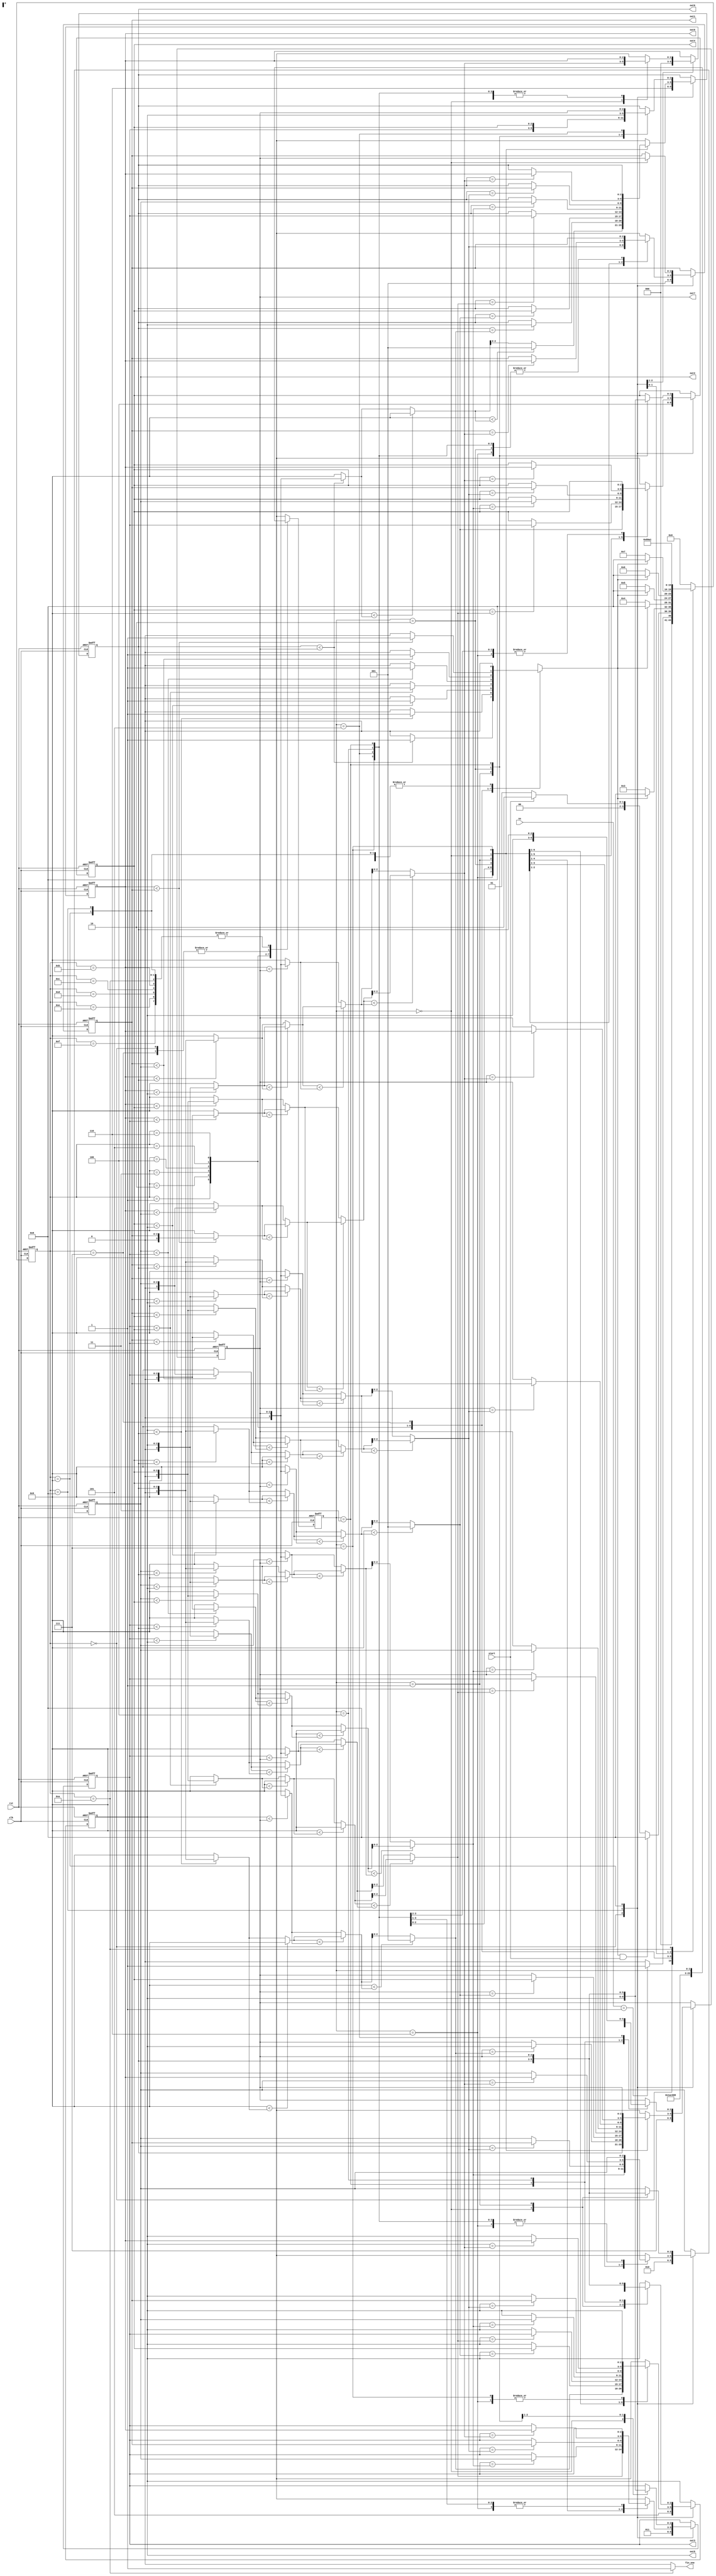
module Full_Permutation(rst, clk, ns, start , out0, out1, out2, out3, out4, out5, out6, out7, fin_one/*, fin_per*/);

  input rst, clk ;
  input start ;
  input [2:0] ns;
  output [2:0] out0, out1, out2, out3, out4, out5, out6, out7;
  output reg fin_one /*,fin_per*/ ;
  
  reg change; 
  reg [2:0] change_pos, change_pos_temp;
  reg [3:0] cs_per, ns_per;
  reg [2:0] cur_ans0, cur_ans1, cur_ans2, cur_ans3, cur_ans4, cur_ans5, cur_ans6, cur_ans7;
  reg [2:0] cur_ans0_temp, cur_ans1_temp, cur_ans2_temp, cur_ans3_temp, cur_ans4_temp, cur_ans5_temp, cur_ans6_temp, cur_ans7_temp;
  
  always@(posedge clk or posedge rst)
    if(rst) begin
	  cs_per <= 4'd0 ;
	  change_pos <= 3'd0 ;
	  {cur_ans0, cur_ans1, cur_ans2, cur_ans3, cur_ans4, cur_ans5, cur_ans6, cur_ans7} <= 24'd0;
	end
	else begin
	  cs_per <= ns_per ;
	  change_pos <= change_pos_temp ;
	  {cur_ans0, cur_ans1, cur_ans2, cur_ans3, cur_ans4, cur_ans5, cur_ans6, cur_ans7} <= {cur_ans0_temp, cur_ans1_temp, cur_ans2_temp, cur_ans3_temp, cur_ans4_temp, cur_ans5_temp, cur_ans6_temp, cur_ans7_temp};
	end
	
  assign {out0, out1, out2, out3, out4, out5, out6, out7} = {cur_ans0, cur_ans1, cur_ans2, cur_ans3, cur_ans4, cur_ans5, cur_ans6, cur_ans7} ;
	
  always@(*)
    case(cs_per)
	  4'd0 : begin
	    if(ns==3'd1) begin
		  ns_per = 2'd1 ;
		end
		else begin
		  ns_per = 2'd0 ;
		end  
	  end
	  4'd1 : begin
	    if(change&&start) begin
		  ns_per = 4'd8 ;
		end
		else if(start) begin
		  ns_per = 4'd2 ;
		end
		else begin
		  ns_per = 4'd1 ;
		end 
	  end
	  4'd2 : begin
	    if(change) begin
		  ns_per = 4'd8 ;
		end
		else begin
		  ns_per = 4'd3 ;
		end 
	  end
	  4'd3 : begin
	    if(change) begin
		  ns_per = 4'd8 ;
		end
		else begin
		  ns_per = 4'd4 ;
		end 
	  end
	  4'd4 : begin
	    if(change) begin
		  ns_per = 4'd8 ;
		end
		else begin
		  ns_per = 4'd5 ;
		end 
	  end
	  4'd5 : begin
	    if(change) begin
		  ns_per = 4'd8 ;
		end
		else begin
		  ns_per = 4'd6 ;
		end 
	  end
	  4'd6 : begin
	    if(change) begin
		  ns_per = 4'd8 ;
		end
		else begin
		  ns_per = 4'd7 ;
		end 
	  end
	  4'd7 : begin
		  ns_per = 4'd8 ;
	  end
	  4'd8 : begin
	      ns_per = 4'd9 ;
	  end
      
	  4'd9 : begin
	      ns_per = 4'd10 ;
	  end
      
	  4'd10: begin
	    //if({cur_ans0, cur_ans1, cur_ans2, cur_ans3, cur_ans4, cur_ans5, cur_ans6, cur_ans7} == 24'd70123456)
	      ns_per = 4'd1 ;
		//begin
	  end
	  default : begin
	    ns_per = 4'd0 ;
	  end 
	endcase
	
  always@(*)
    case(cs_per)
	  4'd10 : begin
	    fin_one = 1'd1 ;
	  end
	  default : begin
	    fin_one = 1'd0 ;
	  end
	endcase
	
  /*always@(*)
    case(cs_per)
	  4'd10 : begin
	    if({cur_ans0, cur_ans1, cur_ans2, cur_ans3, cur_ans4, cur_ans5, cur_ans6, cur_ans7}== 24'o76543210) begin
		  fin_per = 1'd1 ;
		end
		else begin
		  fin_per = 1'd0 ;
		end
	  end
	  default : begin
	    fin_per = 1'd0 ;
	  end
	endcase*/


  always@(*)
    case(cs_per)
	  4'd0 : begin
	    change = 1'd0 ;
	  end
	  4'd1: begin //permutation
	    change = change_swap(cur_ans6, cur_ans7) ;
	  end
	  4'd2 : begin
	    change = change_swap(cur_ans5, cur_ans6) ;
	  end
	  4'd3 : begin
	    change = change_swap(cur_ans4, cur_ans5) ;
	  end
	  4'd4 : begin
	    change = change_swap(cur_ans3, cur_ans4) ;
	  end
	  4'd5 : begin
	    change = change_swap(cur_ans2, cur_ans3) ;
	  end
	  4'd6 : begin
	    change = change_swap(cur_ans1, cur_ans2) ;
	  end
	  4'd7 : begin
	    change = change_swap(cur_ans0, cur_ans1) ;
	  end
	  4'd8, 4'd9, 4'd10, 4'd11, 4'd12, 4'd13, 4'd14, 4'd15 : begin
	    change = 1'd0 ;
	  end
	  default : begin
	    change = 1'd0 ;
	  end
	endcase
	
  always@(*)
    case(cs_per)
	  4'd0 : begin
	    change_pos_temp = 3'd0 ;
	  end
	  4'd1: begin //permutation
	    change_pos_temp = 3'd6 ;
	  end
	  4'd2 : begin
	    change_pos_temp = 3'd5;
	  end
	  4'd3 : begin
	    change_pos_temp = 3'd4;
	  end
	  4'd4 : begin
		change_pos_temp = 3'd3;
	  end
	  4'd5 : begin
	    change_pos_temp = 3'd2;
	  end
	  4'd6 : begin
	    change_pos_temp = 3'd1;
	  end
	  4'd7 : begin
	    change_pos_temp = 3'd0;
	  end
	  4'd8, 4'd9, 4'd10, 4'd11, 4'd12, 4'd13, 4'd14, 4'd15 : begin
	    change_pos_temp = change_pos ;
	  end
	  default : begin
	    change_pos_temp = change_pos ;
	  end
	endcase
	
  always@(*)
    case(cs_per)
	  4'd0 : begin
	    cur_ans0_temp = 3'd0 ;
		cur_ans1_temp = 3'd1 ;
		cur_ans2_temp = 3'd2 ;
		cur_ans3_temp = 3'd3 ;
		cur_ans4_temp = 3'd4 ;
		cur_ans5_temp = 3'd5 ;
		cur_ans6_temp = 3'd6 ;
		cur_ans7_temp = 3'd7 ;
	  end
	  4'd1 , 4'd2, 4'd3, 4'd4, 4'd5, 4'd6, 4'd7 : begin
		cur_ans0_temp = cur_ans0 ;
		cur_ans1_temp = cur_ans1 ;
		cur_ans2_temp = cur_ans2 ;
		cur_ans3_temp = cur_ans3 ;
		cur_ans4_temp = cur_ans4 ;
		cur_ans5_temp = cur_ans5 ;
		cur_ans6_temp = cur_ans6 ;
		cur_ans7_temp = cur_ans7 ;
	  end
	  4'd8 : begin
	    case(change_pos)
		  3'd6 : begin
		    cur_ans0_temp = cur_ans0 ;
		    cur_ans1_temp = cur_ans1 ;
		    cur_ans2_temp = cur_ans2 ;
		    cur_ans3_temp = cur_ans3 ;
		    cur_ans4_temp = cur_ans4 ;
		    cur_ans5_temp = cur_ans5 ;
		    cur_ans6_temp = change_first(cur_ans6, 4'd9, 4'd9, 4'd9, 4'd9, 4'd9, 4'd9, {1'd0,cur_ans7}) ;
		    cur_ans7_temp = cur_ans6 ;
		  end
		  
		  3'd5 : begin
		    cur_ans0_temp = cur_ans0 ;
		    cur_ans1_temp = cur_ans1 ;
		    cur_ans2_temp = cur_ans2 ;
		    cur_ans3_temp = cur_ans3 ;
		    cur_ans4_temp = cur_ans4 ;
		    cur_ans5_temp = change_first(cur_ans5, 4'd9 ,4'd9, 4'd9, 4'd9, 4'd9, {1'd0,cur_ans6}, {1'd0,cur_ans7}) ;
			
			if(cur_ans6 == cur_ans5_temp) begin
		      cur_ans6_temp = cur_ans5 ;
			end
			else begin
			  cur_ans6_temp = cur_ans6 ;
			end
			
			if(cur_ans7 == cur_ans5_temp) begin
		      cur_ans7_temp = cur_ans5 ;
			end
			else begin
			  cur_ans7_temp = cur_ans7 ;
			end
		  end
		  
		  3'd4 : begin
		    cur_ans0_temp = cur_ans0 ;
		    cur_ans1_temp = cur_ans1 ;
		    cur_ans2_temp = cur_ans2 ;
		    cur_ans3_temp = cur_ans3 ;
		    cur_ans4_temp = change_first(cur_ans4, 4'd9 ,4'd9, 4'd9, 4'd9, {1'd0,cur_ans5}, {1'd0,cur_ans6}, {1'd0,cur_ans7}) ;
			
			if(cur_ans5 == cur_ans4_temp) begin
		      cur_ans5_temp = cur_ans4 ;
			end
			else begin
			  cur_ans5_temp = cur_ans5 ;
			end
			
			if(cur_ans6 == cur_ans4_temp) begin
		      cur_ans6_temp = cur_ans4 ;
			end
			else begin
			  cur_ans6_temp = cur_ans6 ;
			end
			
			if(cur_ans7 == cur_ans4_temp) begin
		      cur_ans7_temp = cur_ans4 ;
			end
			else begin
			  cur_ans7_temp = cur_ans7 ;
			end
		  end
		  
		  3'd3 : begin
		    cur_ans0_temp = cur_ans0 ;
		    cur_ans1_temp = cur_ans1 ;
		    cur_ans2_temp = cur_ans2 ;
		    cur_ans3_temp = change_first(cur_ans3, 4'd9 ,4'd9, 4'd9, {1'd0,cur_ans4}, {1'd0,cur_ans5}, {1'd0,cur_ans6}, {1'd0,cur_ans7}) ;
			
			
			if(cur_ans4 == cur_ans3_temp) begin
		      cur_ans4_temp = cur_ans3 ;
			end
			else begin
			  cur_ans4_temp = cur_ans4 ;
			end
			
			if(cur_ans5 == cur_ans3_temp) begin
		      cur_ans5_temp = cur_ans3 ;
			end
			else begin
			  cur_ans5_temp = cur_ans5 ;
			end
			
			if(cur_ans6 == cur_ans3_temp) begin
		      cur_ans6_temp = cur_ans3 ;
			end
			else begin
			  cur_ans6_temp = cur_ans6 ;
			end
			
			if(cur_ans7 == cur_ans3_temp) begin
		      cur_ans7_temp = cur_ans3 ;
			end
			else begin
			  cur_ans7_temp = cur_ans7 ;
			end
		  end
		  
				  
		  3'd2 : begin
		    cur_ans0_temp = cur_ans0 ;
		    cur_ans1_temp = cur_ans1 ;
		    cur_ans2_temp = change_first(cur_ans2, 4'd9 ,4'd9, {1'd0,cur_ans3}, {1'd0,cur_ans4}, {1'd0,cur_ans5}, {1'd0,cur_ans6}, {1'd0,cur_ans7}) ;
				
			if(cur_ans3 == cur_ans2_temp) begin
		      cur_ans3_temp = cur_ans2 ;
			end
			else begin
			  cur_ans3_temp = cur_ans3 ;
			end
			
			if(cur_ans4 == cur_ans2_temp) begin
		      cur_ans4_temp = cur_ans2 ;
			end
			else begin
			  cur_ans4_temp = cur_ans4 ;
			end
			
			if(cur_ans5 == cur_ans2_temp) begin
		      cur_ans5_temp = cur_ans2 ;
			end
			else begin
			  cur_ans5_temp = cur_ans5 ;
			end
			
			if(cur_ans6 == cur_ans2_temp) begin
		      cur_ans6_temp = cur_ans2 ;
			end
			else begin
			  cur_ans6_temp = cur_ans6 ;
			end
			
			if(cur_ans7 == cur_ans2_temp) begin
		      cur_ans7_temp = cur_ans2 ;
			end
			else begin
			  cur_ans7_temp = cur_ans7 ;
			end
		  end
		  
		  3'd1 : begin
		    cur_ans0_temp = cur_ans0 ;
		    cur_ans1_temp = change_first(cur_ans1, 4'd9 ,{1'd0,cur_ans2}, {1'd0,cur_ans3}, {1'd0,cur_ans4}, {1'd0,cur_ans5}, {1'd0,cur_ans6}, {1'd0,cur_ans7}) ;
							
			if(cur_ans2 == cur_ans1_temp) begin
		      cur_ans2_temp = cur_ans1 ;
			end
			else begin
			  cur_ans2_temp = cur_ans2 ;
			end	
				
			if(cur_ans3 == cur_ans1_temp) begin
		      cur_ans3_temp = cur_ans1 ;
			end
			else begin
			  cur_ans3_temp = cur_ans3 ;
			end
			
			if(cur_ans4 == cur_ans1_temp) begin
		      cur_ans4_temp = cur_ans1 ;
			end
			else begin
			  cur_ans4_temp = cur_ans4 ;
			end
			
			if(cur_ans5 == cur_ans1_temp) begin
		      cur_ans5_temp = cur_ans1 ;
			end
			else begin
			  cur_ans5_temp = cur_ans5 ;
			end
			
			if(cur_ans6 == cur_ans1_temp) begin
		      cur_ans6_temp = cur_ans1 ;
			end
			else begin
			  cur_ans6_temp = cur_ans6 ;
			end
			
			if(cur_ans7 == cur_ans1_temp) begin
		      cur_ans7_temp = cur_ans1 ;
			end
			else begin
			  cur_ans7_temp = cur_ans7 ;
			end
		  end
		  
		  
		  3'd0 : begin
		    cur_ans0_temp = change_first(cur_ans0, {1'd0,cur_ans1} ,{1'd0,cur_ans2}, {1'd0,cur_ans3}, {1'd0,cur_ans4}, {1'd0,cur_ans5}, {1'd0,cur_ans6}, {1'd0,cur_ans7}) ;
							
			if(cur_ans1 == cur_ans0_temp) begin
		      cur_ans1_temp = cur_ans0 ;
			end
			else begin
			  cur_ans1_temp = cur_ans1 ;
			end	
				
			if(cur_ans2 == cur_ans0_temp) begin
		      cur_ans2_temp = cur_ans0 ;
			end
			else begin
			  cur_ans2_temp = cur_ans2 ;
			end	
				
			if(cur_ans3 == cur_ans0_temp) begin
		      cur_ans3_temp = cur_ans0 ;
			end
			else begin
			  cur_ans3_temp = cur_ans3 ;
			end
			
			if(cur_ans4 == cur_ans0_temp) begin
		      cur_ans4_temp = cur_ans0 ;
			end
			else begin
			  cur_ans4_temp = cur_ans4 ;
			end
			
			if(cur_ans5 == cur_ans0_temp) begin
		      cur_ans5_temp = cur_ans0 ;
			end
			else begin
			  cur_ans5_temp = cur_ans5 ;
			end
			
			if(cur_ans6 == cur_ans0_temp) begin
		      cur_ans6_temp = cur_ans0 ;
			end
			else begin
			  cur_ans6_temp = cur_ans6 ;
			end
			
			if(cur_ans7 == cur_ans0_temp) begin
		      cur_ans7_temp = cur_ans0 ;
			end
			else begin
			  cur_ans7_temp = cur_ans7 ;
			end
		  end
		  
		  3'd7 : begin
		    cur_ans0_temp = cur_ans0 ;
		    cur_ans1_temp = cur_ans1 ;
		    cur_ans2_temp = cur_ans2 ;
		    cur_ans3_temp = cur_ans3 ;
		    cur_ans4_temp = cur_ans4 ;
		    cur_ans5_temp = cur_ans5 ;
		    cur_ans6_temp = cur_ans6 ;
		    cur_ans7_temp = cur_ans7 ;
		  end
		  
		  default : begin
		    cur_ans0_temp = cur_ans0 ;
		    cur_ans1_temp = cur_ans1 ;
		    cur_ans2_temp = cur_ans2 ;
		    cur_ans3_temp = cur_ans3 ;
		    cur_ans4_temp = cur_ans4 ;
		    cur_ans5_temp = cur_ans5 ;
		    cur_ans6_temp = cur_ans6 ;
		    cur_ans7_temp = cur_ans7 ;
		  end
	    endcase
	  end
	  4'd9 : begin
	    case(change_pos)
		  3'd0 : begin
		    cur_ans0_temp = cur_ans0 ;
		    cur_ans1_temp = cur_ans7 ;
		    cur_ans2_temp = cur_ans6 ;
		    cur_ans3_temp = cur_ans5 ;
		    cur_ans4_temp = cur_ans4 ;
		    cur_ans5_temp = cur_ans3 ;
		    cur_ans6_temp = cur_ans2 ;
		    cur_ans7_temp = cur_ans1 ;
		  end
		  3'd1 : begin
		    cur_ans0_temp = cur_ans0 ;
		    cur_ans1_temp = cur_ans1 ;
		    cur_ans2_temp = cur_ans7 ;
		    cur_ans3_temp = cur_ans6 ;
		    cur_ans4_temp = cur_ans5 ;
		    cur_ans5_temp = cur_ans4 ;
		    cur_ans6_temp = cur_ans3 ;
		    cur_ans7_temp = cur_ans2 ;
		  end
		  3'd2 : begin
		    cur_ans0_temp = cur_ans0 ;
		    cur_ans1_temp = cur_ans1 ;
		    cur_ans2_temp = cur_ans2 ;
		    cur_ans3_temp = cur_ans7 ;
		    cur_ans4_temp = cur_ans6 ;
		    cur_ans5_temp = cur_ans5 ;
		    cur_ans6_temp = cur_ans4 ;
		    cur_ans7_temp = cur_ans3 ;
		  end
		  3'd3 : begin
		    cur_ans0_temp = cur_ans0 ;
		    cur_ans1_temp = cur_ans1 ;
		    cur_ans2_temp = cur_ans2 ;
		    cur_ans3_temp = cur_ans3 ;
		    cur_ans4_temp = cur_ans7 ;
		    cur_ans5_temp = cur_ans6 ;
		    cur_ans6_temp = cur_ans5 ;
		    cur_ans7_temp = cur_ans4 ;
		  end
		  3'd4 : begin
		    cur_ans0_temp = cur_ans0 ;
		    cur_ans1_temp = cur_ans1 ;
		    cur_ans2_temp = cur_ans2 ;
		    cur_ans3_temp = cur_ans3 ;
		    cur_ans4_temp = cur_ans4 ;
		    cur_ans5_temp = cur_ans7 ;
		    cur_ans6_temp = cur_ans6 ;
		    cur_ans7_temp = cur_ans5 ;
		  end 
		  3'd5 : begin
		    cur_ans0_temp = cur_ans0 ;
		    cur_ans1_temp = cur_ans1 ;
		    cur_ans2_temp = cur_ans2 ;
		    cur_ans3_temp = cur_ans3 ;
		    cur_ans4_temp = cur_ans4 ;
		    cur_ans5_temp = cur_ans5 ;
		    cur_ans6_temp = cur_ans7 ;
		    cur_ans7_temp = cur_ans6 ;
		  end
		  3'd6 : begin
		    cur_ans0_temp = cur_ans0 ;
		    cur_ans1_temp = cur_ans1 ;
		    cur_ans2_temp = cur_ans2 ;
		    cur_ans3_temp = cur_ans3 ;
		    cur_ans4_temp = cur_ans4 ;
		    cur_ans5_temp = cur_ans5 ;
		    cur_ans6_temp = cur_ans6 ;
		    cur_ans7_temp = cur_ans7 ;
		  end
		  default : begin
		    cur_ans0_temp = cur_ans0 ;
		    cur_ans1_temp = cur_ans1 ;
		    cur_ans2_temp = cur_ans2 ;
		    cur_ans3_temp = cur_ans3 ;
		    cur_ans4_temp = cur_ans4 ;
		    cur_ans5_temp = cur_ans5 ;
		    cur_ans6_temp = cur_ans6 ;
		    cur_ans7_temp = cur_ans7 ;
		  end
		endcase
	  end
	  default : begin
	    cur_ans0_temp = cur_ans0 ;
		cur_ans1_temp = cur_ans1 ;
		cur_ans2_temp = cur_ans2 ;
		cur_ans3_temp = cur_ans3 ;
		cur_ans4_temp = cur_ans4 ;
		cur_ans5_temp = cur_ans5 ;
		cur_ans6_temp = cur_ans6 ;
		cur_ans7_temp = cur_ans7 ;
	  end
	endcase
	
	
  function change_swap;
    input [2:0] cur_ans0, cur_ans1;

      change_swap = (cur_ans0<cur_ans1)? 1'd1 : 1'd0 ;
	
  endfunction
  
  
  function [2:0]change_first;
    input [2:0] flg ;
	input [3:0] chg0, chg1, chg2, chg3, chg4, chg5, chg6 ;
	reg [3:0] result0 ,result1, result2, result3, result4, result5, result6 , result00, result01, result02, result000, result001;
	begin
	   result0 = ({1'd0,flg}<chg0)? chg0: 4'd9 ;
	   result1 = ({1'd0,flg}<chg1)? chg1: 4'd9 ;
	   result2 = ({1'd0,flg}<chg2)? chg2: 4'd9 ;
	   result3 = ({1'd0,flg}<chg3)? chg3: 4'd9 ;
	   result4 = ({1'd0,flg}<chg4)? chg4: 4'd9 ;
	   result5 = ({1'd0,flg}<chg5)? chg5: 4'd9 ;
	   result6 = ({1'd0,flg}<chg6)? chg6: 4'd9 ;
	   
	   result00 = (result0<result1)? result0:result1;
	   result01 = (result2<result3)? result2:result3;
	   result02 = (result4<result5)? result4:result5;
	   
	   result000 = (result00<result01)?result00:result01;
	   result001 = (result02<result6)?result02:result6;
	   
	   change_first = (result000<result001)?result000[2:0]:result001[2:0];
	  
	end
  endfunction
  

endmodule